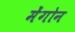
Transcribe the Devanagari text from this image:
मेंगोन